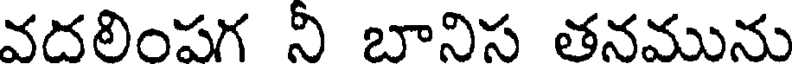
వదలింపగ నీ బానిస తనమును